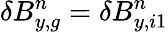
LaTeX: \delta B_{y,g}^{n}=\delta B_{y,i1}^{n}